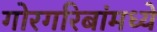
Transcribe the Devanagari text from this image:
गोरगरिबांमध्ये